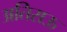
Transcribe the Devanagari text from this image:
अतिराऊ